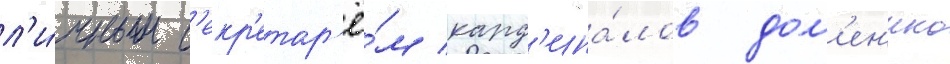
л'и́чным с'екр'етар'ё́м кард'ина́лов дом'ен'ико